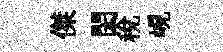
傑閎税峴